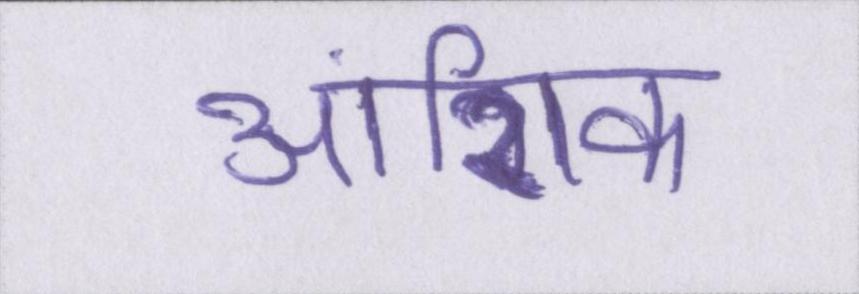
आंशिक